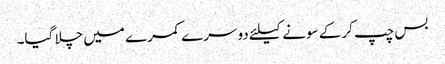
بس چپ کر کے سونے کیلئے دوسرے کمرے میں چلا گیا۔